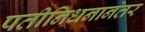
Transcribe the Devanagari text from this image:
पतीनिधनानंतर